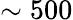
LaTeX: \sim 500